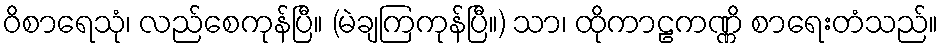
ဝိစာရေသုံ၊ လည်စေကုန်ပြီ။ (မဲချကြကုန်ပြီ။) သာ၊ ထိုကာဠကဏ္ဏိ စာရေးတံသည်။